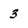
Character: 3